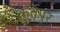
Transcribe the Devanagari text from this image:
कर्तृपुर